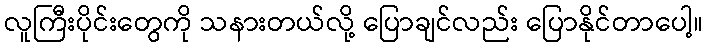
လူကြီးပိုင်းတွေကို သနားတယ်လို့ ပြောချင်လည်း ပြောနိုင်တာပေါ့။